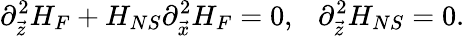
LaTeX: \partial_{\vec{z}}^{2}H_{F}+H_{NS}\partial_{\vec{x}}^{2}H_{F}=0,\ \ \ \partial_{\vec{z}}^{2}H_{NS}=0.